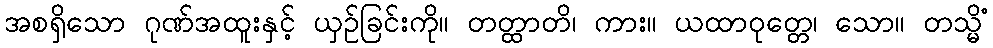
အစရှိသော ဂုဏ်အထူးနှင့် ယှဉ်ခြင်းကို။ တတ္ထာတိ၊ ကား။ ယထာဝုတ္တေ၊ သော။ တသ္မိံ